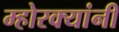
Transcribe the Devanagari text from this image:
म्होरक्‍यांनी